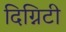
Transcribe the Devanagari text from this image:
दिग्निटी